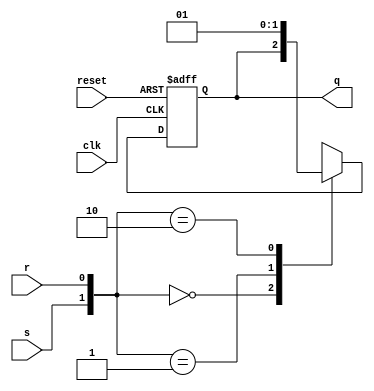
module srff(
	input clk,
	input reset,
	input s,
	input r,
	output reg q
	);

always@(posedge clk or posedge reset)
if(reset)
	q <= 1'b0;
else
	case ({s,r})
	2'b00 	: q <= q;
	2'b01 	: q <= 1'b0;
	2'b10 	: q <= 1'b1;
	default : q <= 1'bx;
	endcase

endmodule